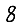
Digit: 8